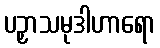
ပဉှာသမုဒါဟာရော